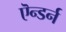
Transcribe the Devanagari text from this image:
ऎन्डर्न